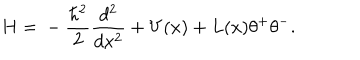
H = { } - \frac { \hbar ^ { 2 } } { 2 } \frac { d ^ { 2 } } { d x ^ { 2 } } + V ( x ) + L ( x ) \theta ^ { + } \theta ^ { - } .